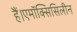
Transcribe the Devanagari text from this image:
हैं।एमॉक्सिसिलीन